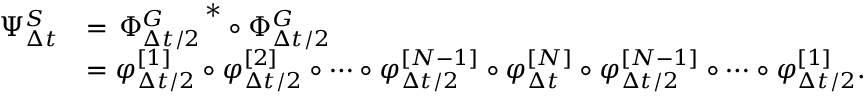
\begin{array} { r l } { \Psi _ { \Delta { t } } ^ { S } } & { = \left. \Phi _ { \Delta { t } / 2 } ^ { G } \right. ^ { \ast } \circ \Phi _ { \Delta { t } / 2 } ^ { G } } \\ & { = \varphi _ { \Delta { t } / 2 } ^ { [ 1 ] } \circ \varphi _ { \Delta { t } / 2 } ^ { [ 2 ] } \circ \cdots \circ \varphi _ { \Delta { t } / 2 } ^ { [ N - 1 ] } \circ \varphi _ { \Delta { t } } ^ { [ N ] } \circ \varphi _ { \Delta { t } / 2 } ^ { [ N - 1 ] } \circ \cdots \circ \varphi _ { \Delta { t } / 2 } ^ { [ 1 ] } . } \end{array}